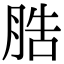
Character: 㬶